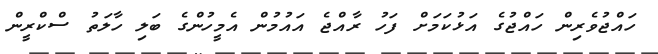
ހައްޖުވެރިން ހައްޖުގެ އަޅުކަމަށް ފަހު ރާއްޖެ އައުމުން އެމީހުންގެ ބަލި ހާލަތު ސްކްރީން